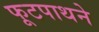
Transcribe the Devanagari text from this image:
फूटपाथने